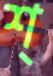
শ্